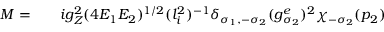
\begin{array} { r l r } { { \cal M } = } & { { } } & { i g _ { Z } ^ { 2 } ( 4 E _ { 1 } E _ { 2 } ) ^ { 1 / 2 } ( l _ { i } ^ { 2 } ) ^ { - 1 } \delta _ { \sigma _ { 1 } , - \sigma _ { 2 } } ( g _ { \sigma _ { 2 } } ^ { e } ) ^ { 2 } \chi _ { - \sigma _ { 2 } } ( p _ { 2 } ) } \end{array}